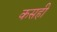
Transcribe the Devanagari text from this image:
कसही